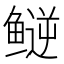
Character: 𬶪